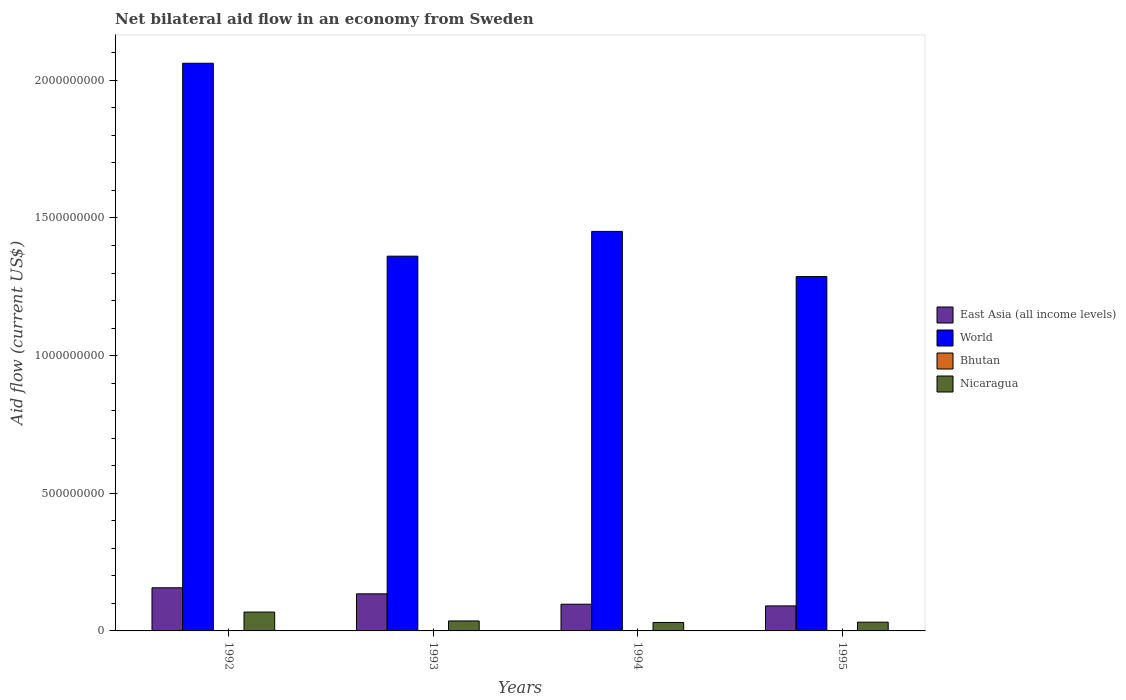
| Years | East Asia (all income levels) | World | Bhutan | Nicaragua |
 | --- | --- | --- | --- | --- |
 | 1992 | 1.57e+08 | 2.06e+09 | 3.5e+05 | 6.85e+07 |
 | 1993 | 1.35e+08 | 1.36e+09 | 1.9e+05 | 3.63e+07 |
 | 1994 | 9.7e+07 | 1.45e+09 | 2.8e+05 | 3.07e+07 |
 | 1995 | 9.09e+07 | 1.29e+09 | 4.8e+05 | 3.18e+07 |